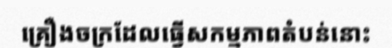
គ្រឿងចក្រដែលធ្វើសកម្មភាពតំបន់នោះ